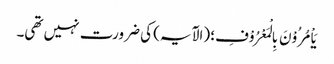
یَاْمُرُوْنَ بِالْمَعْرُوْفِ؛ (الآیہ) کی ضرورت نہیں تھی۔